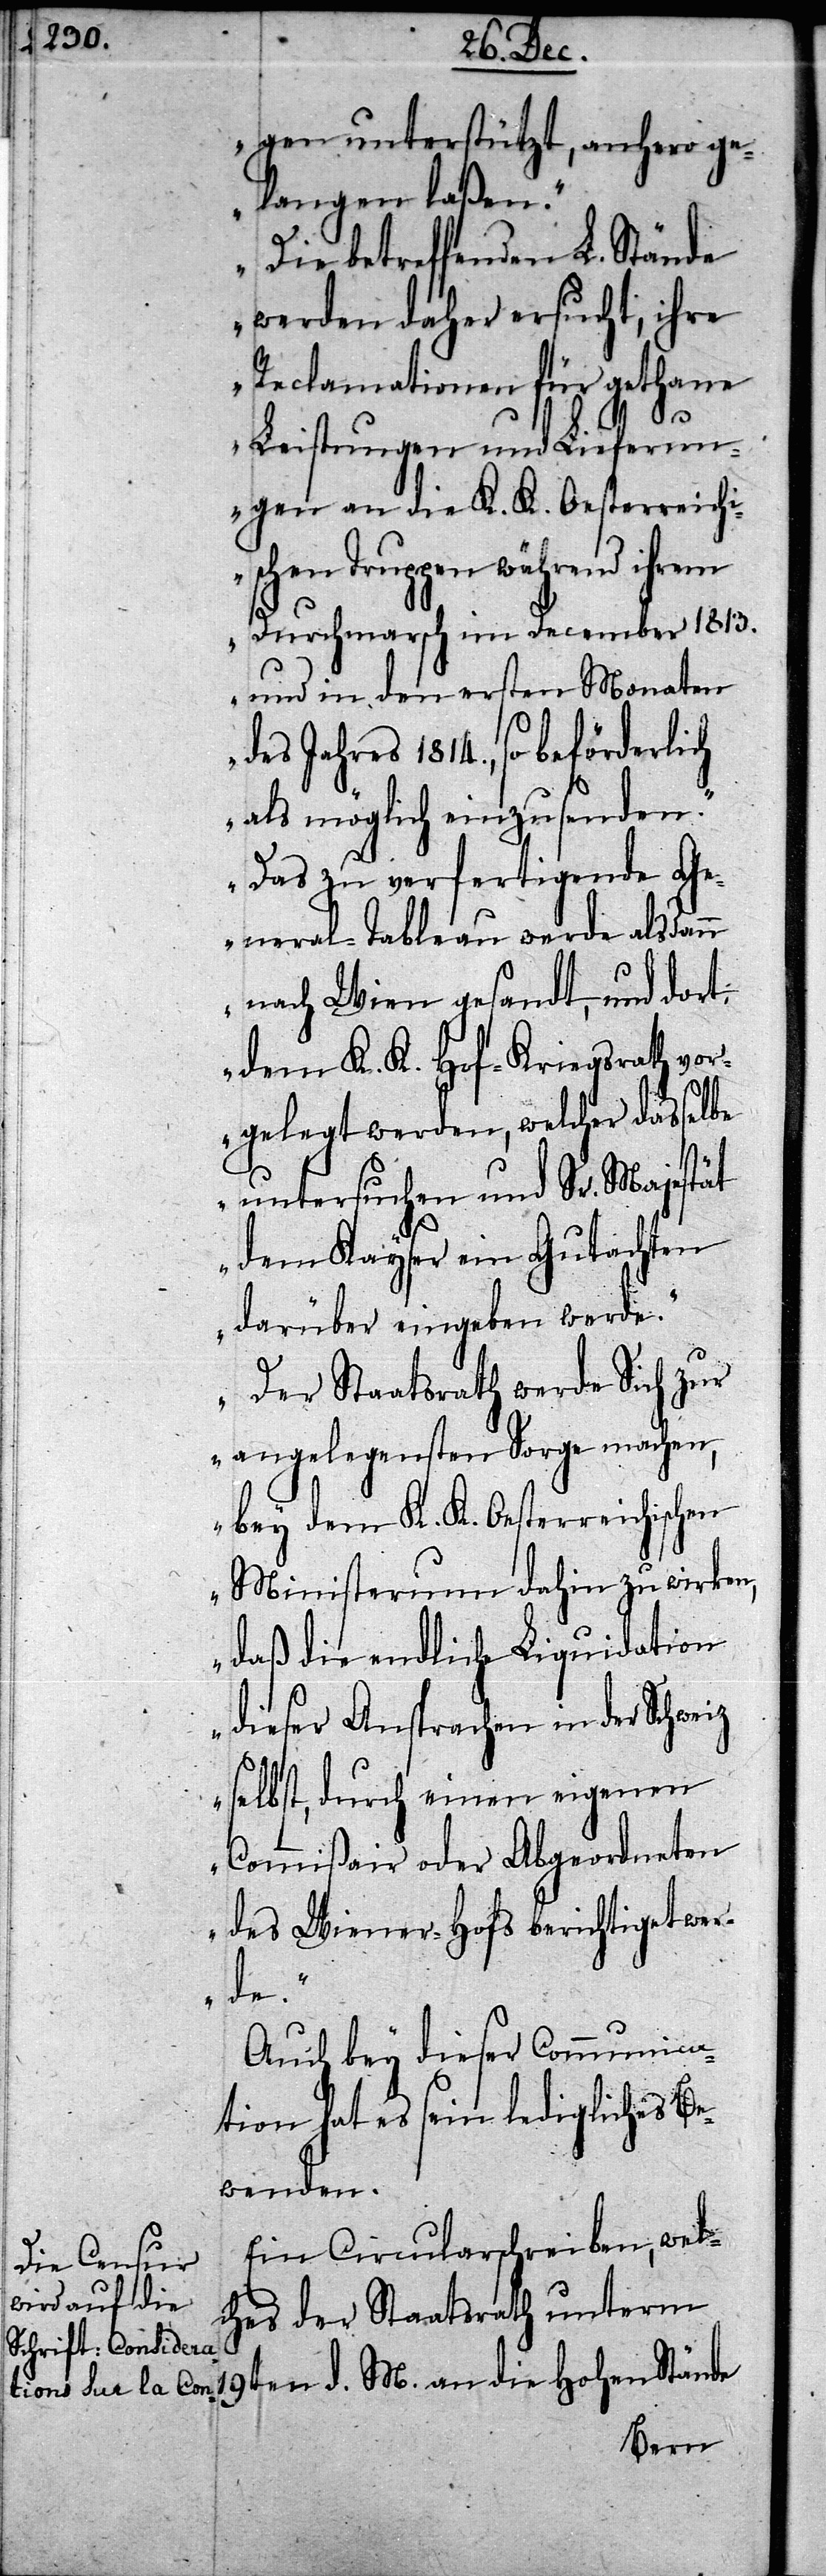
M. an
gen unterstützt, anhero ge¬
langen laßen.
Die betreffenden L. Stände
werden daher ersucht, ihre
Reclamationen für gethane
d.
Leistungen und Lieferun¬
gen an die K. K. Oesterreichi¬
schen Truppen während ihrem
Durchmarsch im December 1813.
und in den ersten Monaten
des Jahres 1814., so beförderlich
als möglich einzusenden.
Das zu verfertigende Ge¬
neral-Tableau werde alsdann
nach Wien gesandt, und dort
dem K. K. Hof-Kriegsrath vor¬
gelegt werden, welcher dasselbe
untersuchen und Sr. Majestät
dem Kayser ein Gutachten
darüber eingeben werde.
Der Staatsrath werde Sich zur
angelegensten Sorge machen,
bey dem K. K. Oesterreichischen
Ministerium dahin zu wirken,
daß die endliche Liquidation
dieser Ansprachen in der Schweiz
selbst, durch einen eigenen
Commißair oder Abgeordneten
des Wiener-Hofs berichtiget wer¬
de.“
Auch bey dieser Communica¬
tion hat es sein ledigliches Be¬
wenden.
Ein Circularschreiben, wel¬
ches der Staatsrath unterm